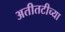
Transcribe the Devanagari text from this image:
अतीतटीच्या